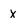
Character: X